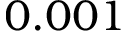
0 . 0 0 1